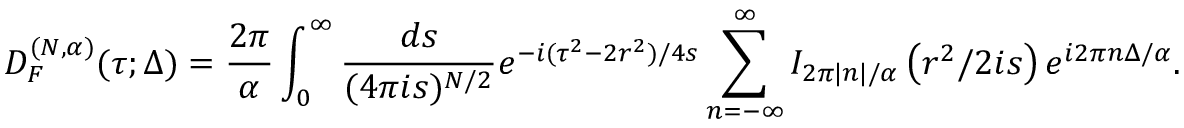
D _ { { \cal F } } ^ { ( N , \alpha ) } ( \tau ; \Delta ) = \frac { 2 \pi } { \alpha } \int _ { 0 } ^ { \infty } \frac { d s } { ( 4 \pi i s ) ^ { N / 2 } } e ^ { - i ( \tau ^ { 2 } - 2 r ^ { 2 } ) / 4 s } \sum _ { n = - \infty } ^ { \infty } I _ { 2 \pi | n | / \alpha } \left( r ^ { 2 } / 2 i s \right) e ^ { i 2 \pi n \Delta / \alpha } .